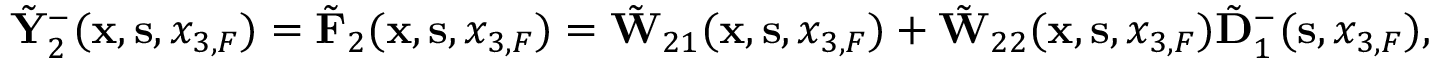
\begin{array} { r } { \tilde { \bf Y } _ { 2 } ^ { - } ( { { \bf x } } , { { \bf s } } , { x _ { 3 , F } } ) = \tilde { \bf F } _ { 2 } ( { { \bf x } } , { { \bf s } } , { x _ { 3 , F } } ) = \tilde { \bf W } _ { 2 1 } ( { { \bf x } } , { { \bf s } } , { x _ { 3 , F } } ) + \tilde { \bf W } _ { 2 2 } ( { { \bf x } } , { { \bf s } } , { x _ { 3 , F } } ) \tilde { \bf D } _ { 1 } ^ { - } ( { \bf s } , x _ { 3 , F } ) , } \end{array}